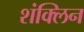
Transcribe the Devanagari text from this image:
शंक्लिन